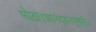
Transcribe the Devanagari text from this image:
मोठा।आनंदवनभुवनी।।